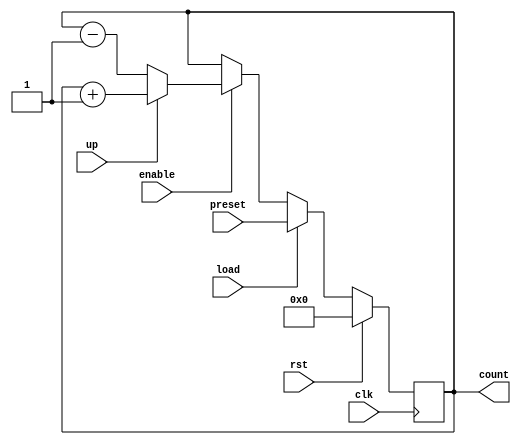
module sync_load_counter #(
    parameter WIDTH = 4 // Width of the counter
) (
    input wire clk,         // Clock signal
    input wire rst,         // Reset signal
    input wire load,        // Load signal
    input wire [WIDTH-1:0] preset, // Preset value
    input wire enable,      // Count enable signal
    input wire up,          // Count direction: 1 for up, 0 for down
    output reg [WIDTH-1:0] count // Counter value
);

    // Synchronous process
    always @(posedge clk) begin
        if (rst) begin
            count <= 0; // Reset the counter to zero
        end else if (load) begin
            count <= preset; // Load the preset value into the counter
        end else if (enable) begin
            if (up) begin
                count <= count + 1; // Increment the counter
            end else begin
                count <= count - 1; // Decrement the counter
            end
        end
    end

endmodule